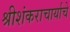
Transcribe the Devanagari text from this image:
श्रीशंकराचार्याचे